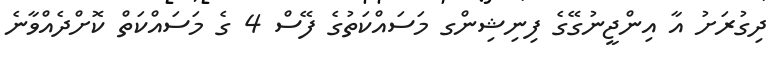
ދިގުރަށު އާ އިންޖީނުގޭގެ ފިނިޝިންގ މަސައްކަތުގެ ފޭސް 4 ގެ މަސައްކަތް ކޮށްދެއްވާނެ